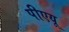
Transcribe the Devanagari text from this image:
पीएयू